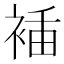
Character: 𧚎